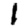
Digit: 1